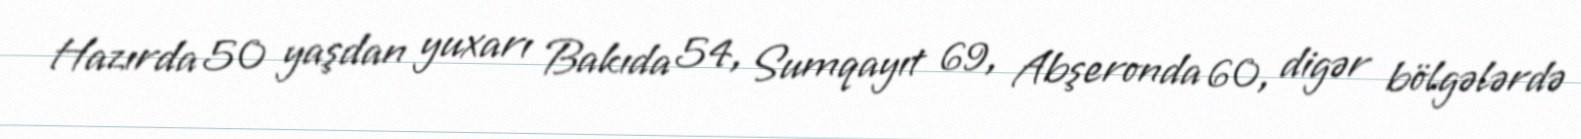
Hazırda 50 yaşdan yuxarı Bakıda 54, Sumqayıt 69, Abşeronda 60, digər bölgələrdə